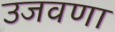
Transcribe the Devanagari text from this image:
उजवणा